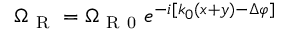
\Omega _ { \mathrm { ~ R ~ } } = \Omega _ { \mathrm { ~ R ~ 0 ~ } } e ^ { - i [ k _ { 0 } ( x + y ) - \Delta \varphi ] }